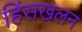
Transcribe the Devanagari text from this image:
हिंसखलन